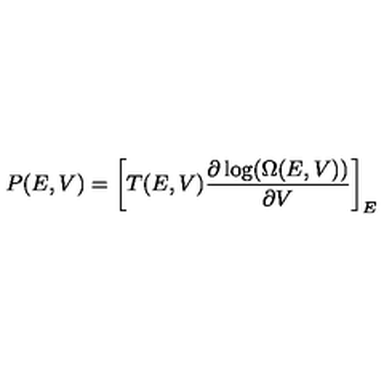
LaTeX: P ( E , V ) = \left[ T ( E , V ) \frac { \partial \log ( \Omega ( E , V ) ) } { \partial V } \right] _ { E }